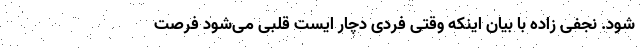
شود. نجفی زاده با بیان اینکه وقتی فردی دچار ایست قلبی می‌شود فرصت